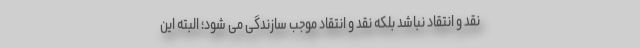
نقد و انتقاد نباشد بلکه نقد و انتقاد موجب سازندگی می شود؛ البته این